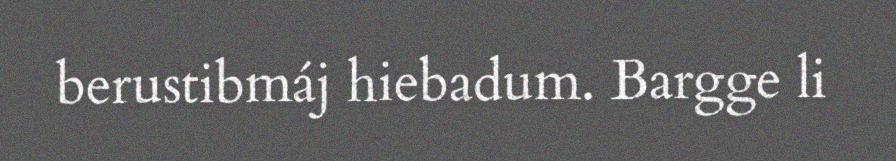
berustibmáj hiebadum. Bargge li